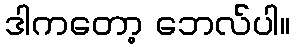
ဒါကတော့ ဘေလ်ပါ။